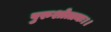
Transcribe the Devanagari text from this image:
पुरुशोत्तमः।।